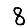
Digit: 8